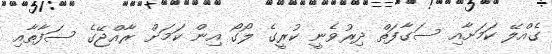
ގެއްލޭ ކަމަށާއި ސަގާފަތް ދިރުވެނީ ކުރީގެ ލޯގޯ އިން ކަމަށް ރާއްޖޭގެ ސަފާތާއި